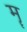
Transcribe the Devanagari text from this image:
मॄ